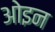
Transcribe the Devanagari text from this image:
ओइन